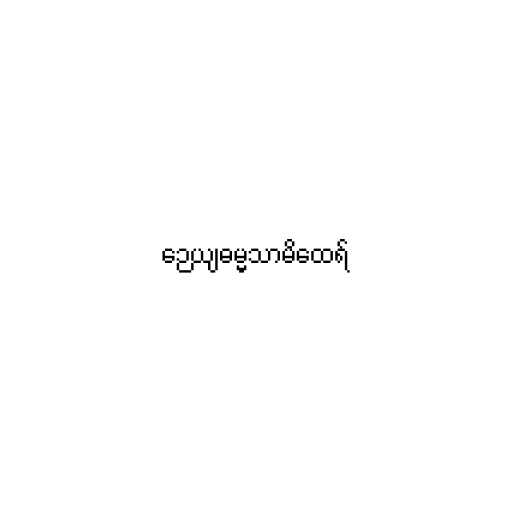
ဉေယျဓမ္မသာမိထေရ်